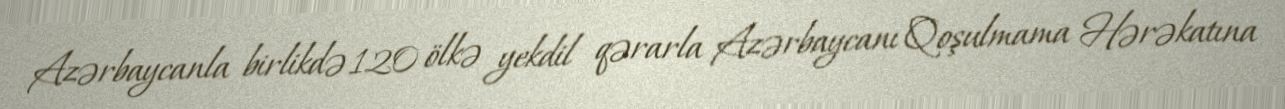
Azərbaycanla birlikdə 120 ölkə yekdil qərarla Azərbaycanı Qoşulmama Hərəkatına